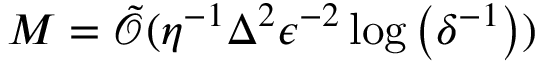
\begin{array} { r } { M = \tilde { \mathcal { O } } ( \eta ^ { - 1 } \Delta ^ { 2 } \epsilon ^ { - 2 } \log \left( \delta ^ { - 1 } \right) ) } \end{array}